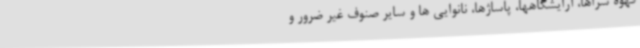
قهوه سراها، آرایشگاهها، پاساژها، نانوایی ها و سایر صنوف غیر ضرور و